Annual report of the Camel Specialist
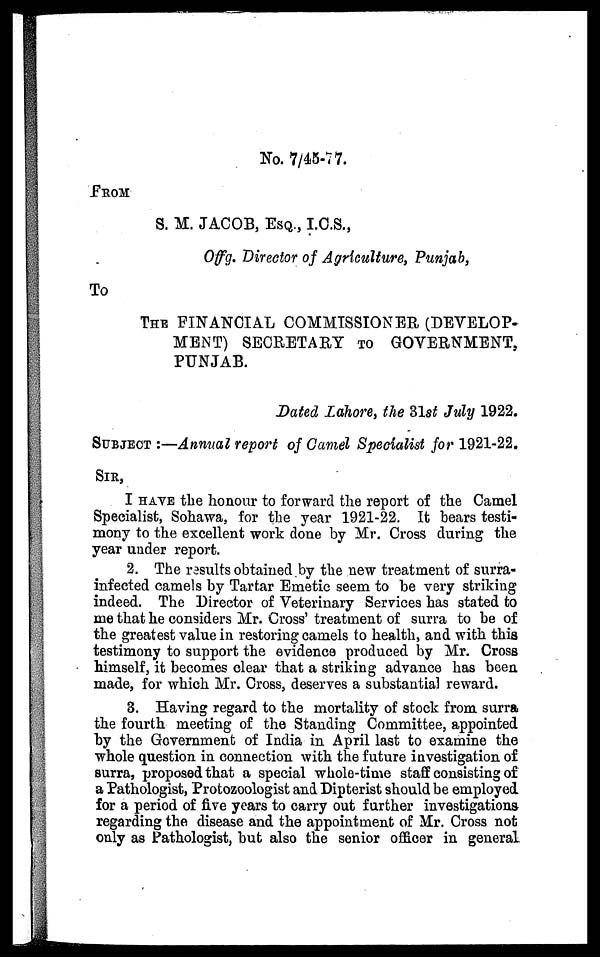
No. 7/45-77.
FROM
S. M. JACOB, ESQ., I.C.S.,
Offg. Director of Agriculture, Punjab,
To
THE FINANCIAL COMMISSIONER (DEVELOP-
MENT) SECRETARY TO GOVERNMENT,
PUNJAB.
Dated Lahore, the 31st July 1922.
SUBJECT :—Annual report of Camel Specialist for 1921-22.
SIR,
I HAVE the honour to forward the report of the Camel
Specialist, Sohawa, for the year 1921-22. It bears testi-
mony to the excellent work done by Mr. Cross during the
year under report.
2. The results obtained by the new treatment of surra-
infected camels by Tartar Emetic seem to be very striking
indeed. The Director of Veterinary Services has stated to
me that he considers Mr. Cross' treatment of surra to be of
the greatest value in restoring camels to health, and with this
testimony to support the evidence produced by Mr. Cross
himself, it becomes clear that a striking advance has been
made, for which Mr. Cross, deserves a substantial reward.
3. Having regard to the mortality of stock from surra
the fourth meeting of the Standing Committee, appointed
by the Government of India in April last to examine the
whole question in connection with the future investigation of
surra, proposed that a special whole-time staff consisting of
a Pathologist, Protozoologist and Dipterist should be employed
for a period of five years to carry out further investigations
regarding the disease and the appointment of Mr. Cross not
only as Pathologist, but also the senior officer in general